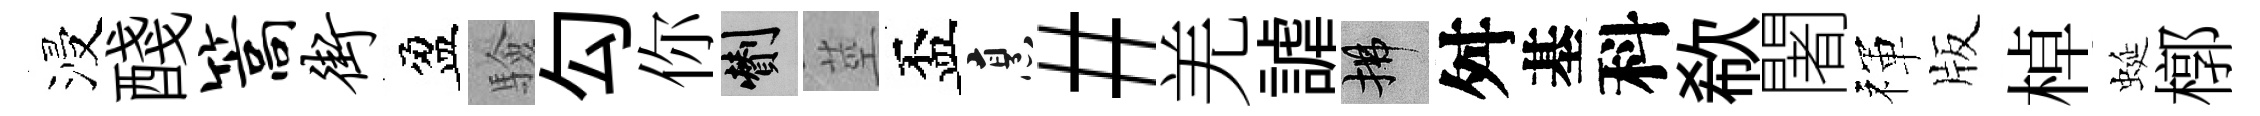
浸醆篙街盈驗勾你剪莖盃烹#羌謔拂舛基科欷闍禈版棹蜒槨